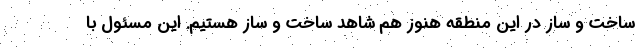
ساخت و ساز در این منطقه هنوز هم شاهد ساخت و ساز هستیم. این مسئول با